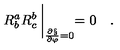
R _ { b } ^ { a } R _ { c } ^ { b } \: \biggl | _ { \frac { \partial \S } { \partial \varphi } = 0 } = 0 \quad .